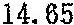
14.65